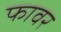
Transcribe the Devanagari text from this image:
फावर